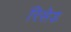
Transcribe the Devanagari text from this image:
रिसेड